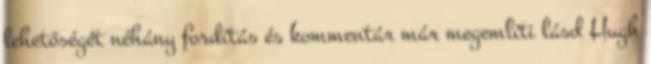
lehetőségét néhány fordítás és kommentár már megemlíti lásd Hugh